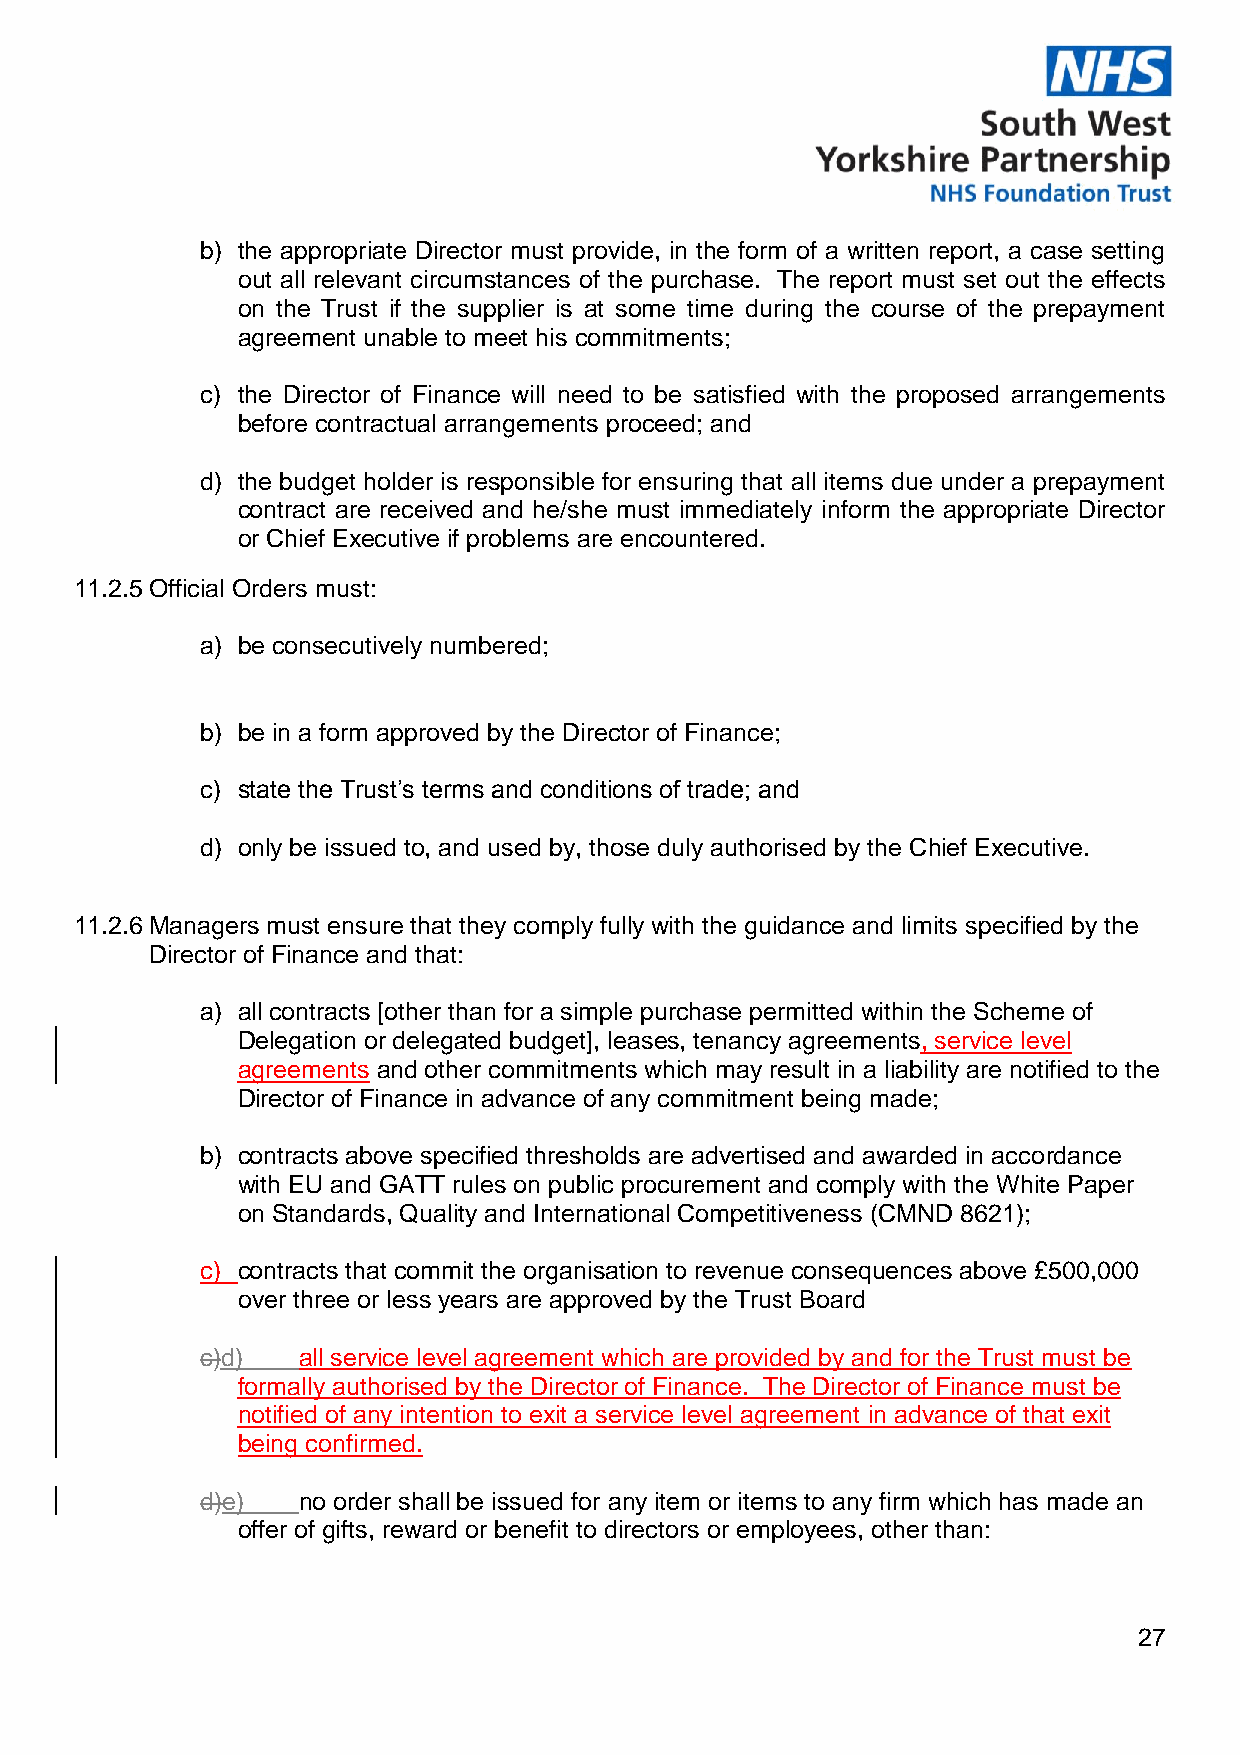
b) the appropriate Director must provide, in the form of a written report, a case setting
 out all relevant circumstances of the purchase. The report must set out the effects
 on the Trust if the supplier is at some time during the course of the prepayment
 agreement unable to meet his commitments;
 c) the Director of Finance will need to be satisfied with the proposed arrangements
 before contractual arrangements proceed; and
 d) the budget holder is responsible for ensuring that all items due under a prepayment
 contract are received and he/she must immediately inform the appropriate Director
 or Chief Executive if problems are encountered.
 11.2.5 Official Orders must:
 a) be consecutively numbered;
 b) be in a form approved by the Director of Finance;
 c) state the Trust’s terms and conditions of trade; and
 d) only be issued to, and used by, those duly authorised by the Chief Executive.
 11.2.6 Managers must ensure that they comply fully with the guidance and limits specified by the
 Director of Finance and that:
 a) all contracts [other than for a simple purchase permitted within the Scheme of
 Delegation or delegated budget], leases, tenancy agreements, service level
 agreements and other commitments which may result in a liability are notified to the
 Director of Finance in advance of any commitment being made;
 b) contracts above specified thresholds are advertised and awarded in accordance
 with EU and GATT rules on public procurement and comply with the White Paper
 on Standards, Quality and International Competitiveness (CMND 8621);
 c) contracts that commit the organisation to revenue consequences above £500,000
 over three or less years are approved by the Trust Board
 c)d)   all service level agreement which are provided by and for the Trust must be
 formally authorised by the Director of Finance. The Director of Finance must be
 notified of any intention to exit a service level agreement in advance of that exit
 being confirmed.
 d)e)   no order shall be issued for any item or items to any firm which has made an
 offer of gifts, reward or benefit to directors or employees, other than:
 27